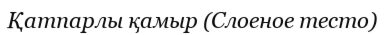
Қатпарлы қамыр (Слоеное тесто)